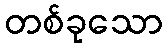
တစ်ခုသော